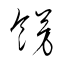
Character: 餝